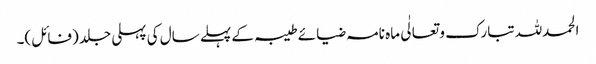
الحمدللہ تبارک و تعالٰی ماہ نامہ ضیائے طیبہ کے پہلے سال کی پہلی جلد (فائل)۔